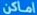
اماكن